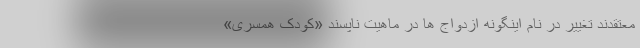
معتقدند تغییر در نام اینگونه ازدواج ها در ماهیت ناپسند «کودک همسری»